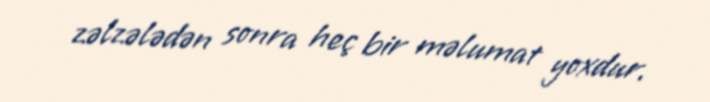
zəlzələdən sonra heç bir məlumat yoxdur.